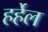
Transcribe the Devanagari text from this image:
हर्हेल